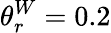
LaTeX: \theta_{r}^{W}=0.2